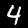
Label: 4